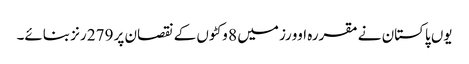
یوں پاکستان نے مقررہ اوورز میں 8 وکٹوں کے نقصان پر 279 رنز بنائے۔